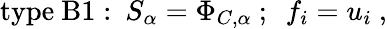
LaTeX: \mathrm{type~B1:}~~S_{\alpha}=\Phi_{C,\alpha}~;~~f_{i}=u_{i}~,